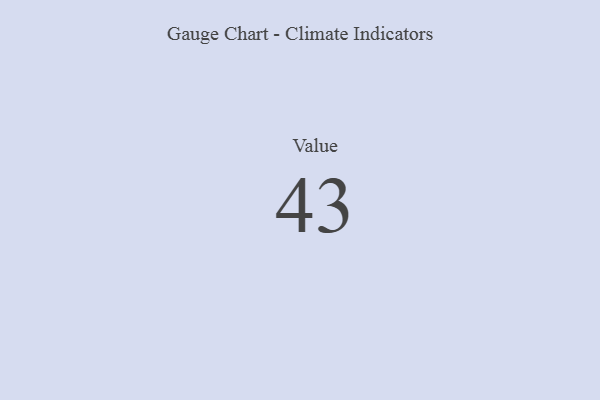
{"axis": {"x": "Metric", "y": "Value"}, "legend": [""], "data": [{"x": "Value", "y": 43, "type": ""}]}